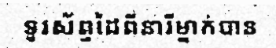
ទូរស័ព្ទដៃពីនារីម្នាក់បាន